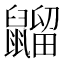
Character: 䶉